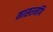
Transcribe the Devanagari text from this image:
मासरमणि